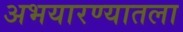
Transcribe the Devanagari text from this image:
अभयारण्यातला